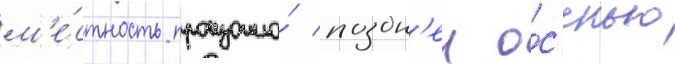
м'е́стность произошло́ поздн'еи о́с'енью